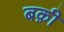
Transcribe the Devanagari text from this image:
बक़ी